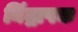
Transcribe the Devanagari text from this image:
निंद्रापक